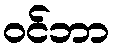
ဝင်ဘာ